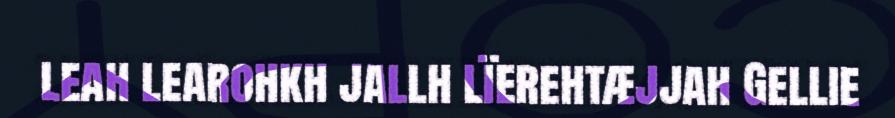
leah learohkh jallh lïerehtæjjah Gellie